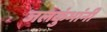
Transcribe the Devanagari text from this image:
जलकुंभांनी